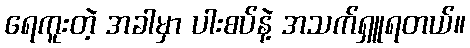
ရေကူးတဲ့ အခါမှာ ပါးစပ်နဲ့ အသက်ရှူရတယ်။